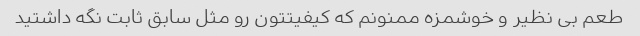
طعم بی نظیر و خوشمزه ممنونم که کیفیتتون رو مثل سابق ثابت نگه داشتید